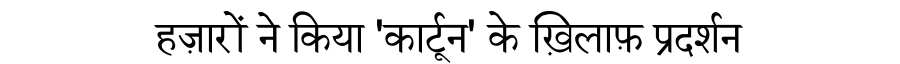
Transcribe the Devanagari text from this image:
हज़ारों ने किया 'कार्टून' के ख़िलाफ़ प्रदर्शन